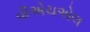
વીએચએલ